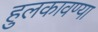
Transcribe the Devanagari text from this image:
हुलकावण्या